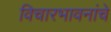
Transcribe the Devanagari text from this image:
विचारभावनांचे